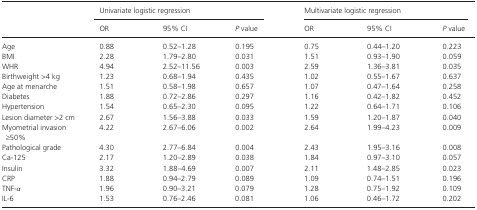
<table><thead><tr><td rowspan="2"></td><td colspan="3"><b>Univariate logistic regression</b></td><td colspan="3"><b>Multivariate logistic regression</b></td></tr><tr><td><b>OR</b></td><td><b>95% CI</b></td><td><b><i>P</i> value</b></td><td><b>OR</b></td><td><b>95% CI</b></td><td><b><i>P</i> value</b></td></tr></thead><tbody><tr><td>Age</td><td>0.88</td><td>0.52–1.28</td><td>0.195</td><td>0.75</td><td>0.44–1.20</td><td>0.223</td></tr><tr><td>BMI</td><td>2.28</td><td>1.79–2.80</td><td>0.031</td><td>1.51</td><td>0.93–1.90</td><td>0.059</td></tr><tr><td>WHR</td><td>4.94</td><td>2.52–11.56</td><td>0.003</td><td>2.59</td><td>1.36–3.81</td><td>0.035</td></tr><tr><td>Birthweight &gt;4 kg</td><td>1.23</td><td>0.68–1.94</td><td>0.435</td><td>1.02</td><td>0.55–1.67</td><td>0.637</td></tr><tr><td>Age at menarche</td><td>1.51</td><td>0.58–1.98</td><td>0.657</td><td>1.07</td><td>0.47–1.64</td><td>0.258</td></tr><tr><td>Diabetes</td><td>1.88</td><td>0.72–2.86</td><td>0.297</td><td>1.16</td><td>0.42–1.82</td><td>0.452</td></tr><tr><td>Hypertension</td><td>1.54</td><td>0.65–2.30</td><td>0.095</td><td>1.22</td><td>0.64–1.71</td><td>0.106</td></tr><tr><td>Lesion diameter &gt;2 cm</td><td>2.67</td><td>1.56–3.88</td><td>0.033</td><td>1.59</td><td>1.20–1.87</td><td>0.040</td></tr><tr><td>Myometrial invasion ≥50%</td><td>4.22</td><td>2.67–6.06</td><td>0.002</td><td>2.64</td><td>1.99–4.23</td><td>0.009</td></tr><tr><td>Pathological grade</td><td>4.30</td><td>2.77–6.84</td><td>0.004</td><td>2.43</td><td>1.95–3.16</td><td>0.008</td></tr><tr><td>Ca‐125</td><td>2.17</td><td>1.20–2.89</td><td>0.038</td><td>1.84</td><td>0.97–3.10</td><td>0.057</td></tr><tr><td>Insulin</td><td>3.32</td><td>1.88–4.69</td><td>0.007</td><td>2.11</td><td>1.48–2.85</td><td>0.023</td></tr><tr><td>CRP</td><td>1.88</td><td>0.94–2.79</td><td>0.089</td><td>1.09</td><td>0.74–1.51</td><td>0.196</td></tr><tr><td>TNF‐<i>α</i></td><td>1.96</td><td>0.90–3.21</td><td>0.079</td><td>1.28</td><td>0.75–1.92</td><td>0.109</td></tr><tr><td>IL‐6</td><td>1.53</td><td>0.76–2.46</td><td>0.081</td><td>1.06</td><td>0.46–1.72</td><td>0.202</td></tr></tbody></table>